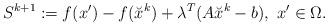
LaTeX: \begin{align*}S^{k+1}:=f(x')-f(\breve{x}^{k})+\lambda^T(A\breve{x}^{k}-b),~x'\in\Omega.\end{align*}